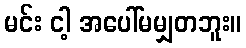
မင်း ငါ့ အပေါ်မမျှတဘူး။